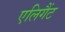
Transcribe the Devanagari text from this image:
एलिगैंट